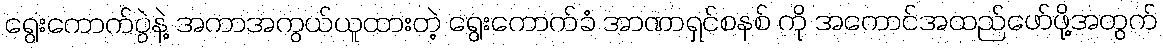
ရွေးကောက်ပွဲနဲ့ အကာအကွယ်ယူထားတဲ့ ရွေးကောက်ခံ အာဏာရှင်စနစ် ကို အကောင်အထည်ဖော်ဖို့အတွက်